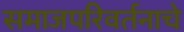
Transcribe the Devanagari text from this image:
समाजपरिवर्तनाचे